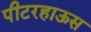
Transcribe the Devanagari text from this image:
पीटरहाऊस